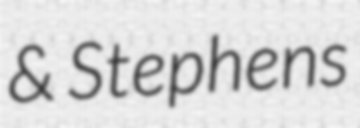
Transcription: & Stephens